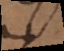
s